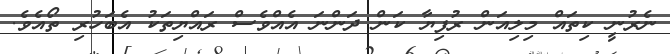
ނެރުނީ ކިތައް މިލިއަން ރުފިޔާ ކަން ދަންނަ އެއްވެސް ރައްޔިތަކު އެބަހުރި ތޯއެވެ.